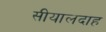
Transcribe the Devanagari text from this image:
सीयालदाह